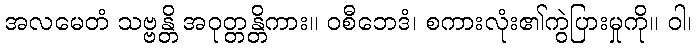
အလမေတံ သဗ္ဗန္တိ အဝုတ္တန္တိကား။ ဝစီဘေဒံ၊ စကားလုံး၏ကွဲပြားမှုကို။ ဝါ၊